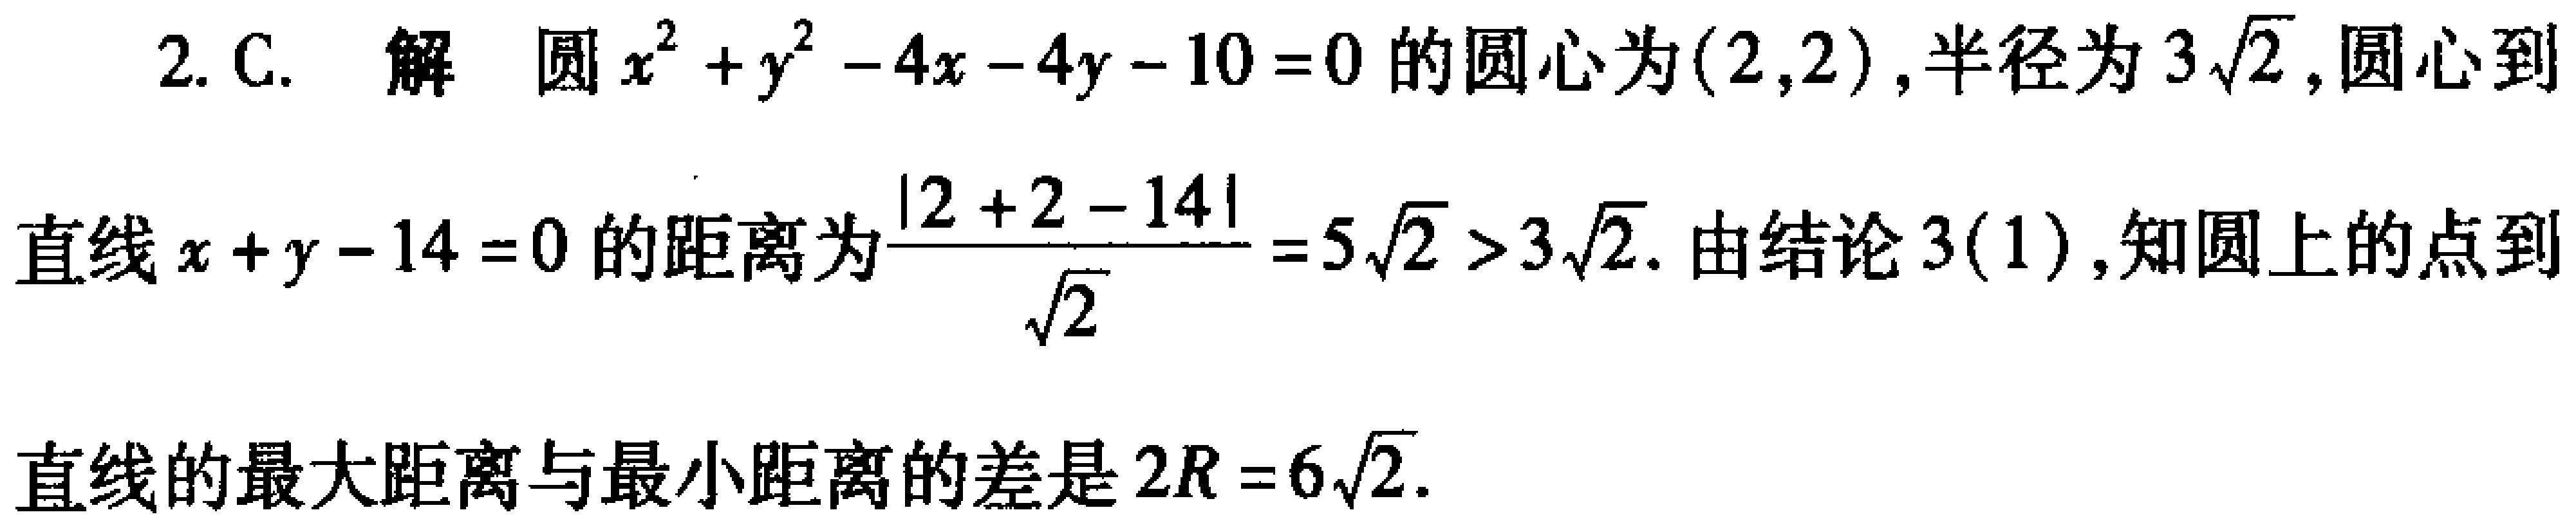
2. C. 解 圆\(x^{2}+y^{2}-4x - 4y - 10 = 0\)的圆心为\((2,2)\)，半径为\(3\sqrt{2}\)，圆心到直线\(x + y - 14 = 0\)的距离为\(\frac{|2 + 2 - 14|}{\sqrt{2}} = 5\sqrt{2} > 3\sqrt{2}\). 由结论\(3(1)\)，知圆上的点到直线的最大距离与最小距离的差是\(2R = 6\sqrt{2}\).